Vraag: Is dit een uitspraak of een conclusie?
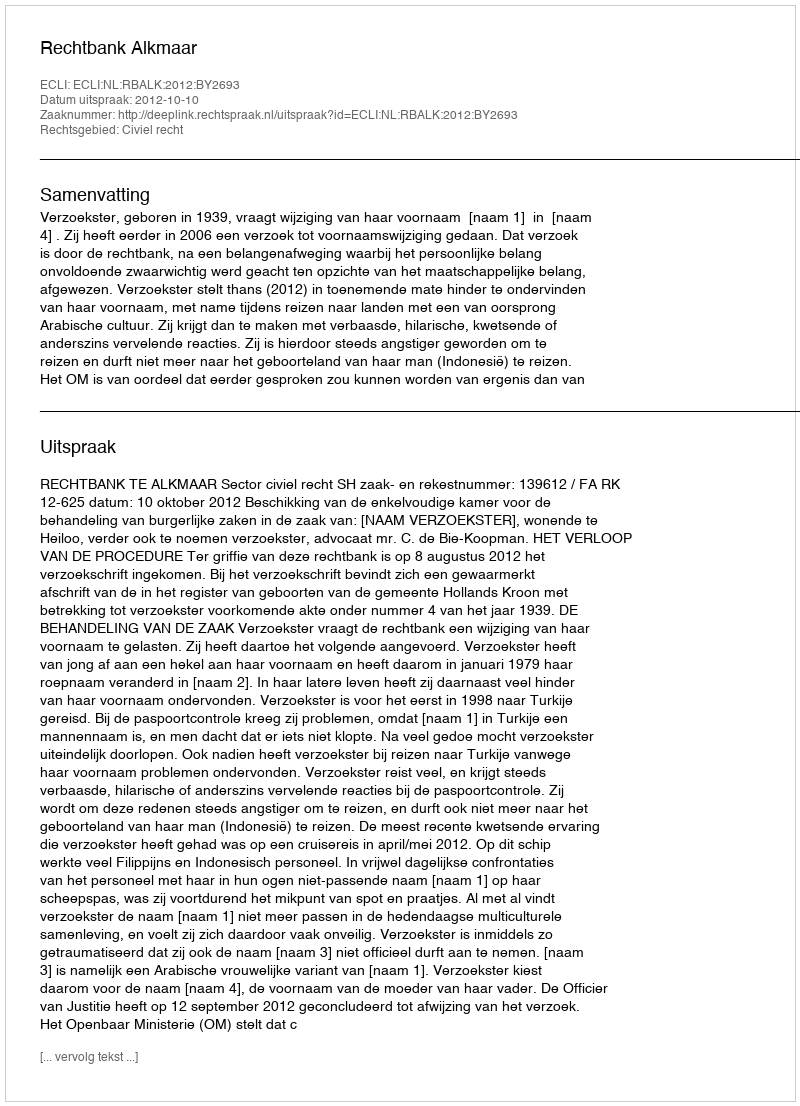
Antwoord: Uitspraak